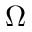
\Omega